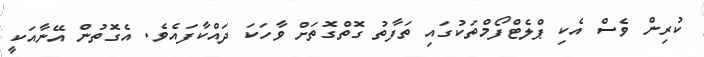
ކުރިން ވެސް އެކި ޕްލެޓްފޯމްތަކުގައި ތަފާތު ގޮތްގޮތަށް ވާހަކަ ދައްކާފައެވެ. އެގޮތުން އޭނާއަކީ